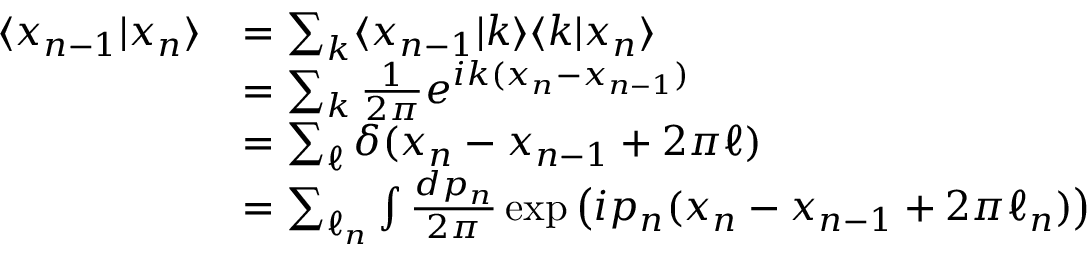
\begin{array} { r l } { \langle x _ { n - 1 } | x _ { n } \rangle } & { = \sum _ { k } \langle x _ { n - 1 } | k \rangle \langle k | x _ { n } \rangle } \\ & { = \sum _ { k } \frac { 1 } { 2 \pi } e ^ { i k ( x _ { n } - x _ { n - 1 } ) } } \\ & { = \sum _ { \ell } \delta ( x _ { n } - x _ { n - 1 } + 2 \pi \ell ) } \\ & { = \sum _ { \ell _ { n } } \int \frac { d p _ { n } } { 2 \pi } \exp \left( i p _ { n } ( x _ { n } - x _ { n - 1 } + 2 \pi \ell _ { n } ) \right) } \end{array}